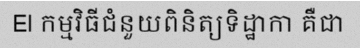
El កម្មវិធីជំនួយពិនិត្យទិដ្ឋាកា គឺជា